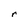
Character: r